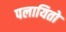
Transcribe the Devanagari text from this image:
पलायितो